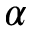
\alpha